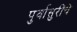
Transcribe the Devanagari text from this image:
पुर्वासुरींचे